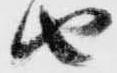
由